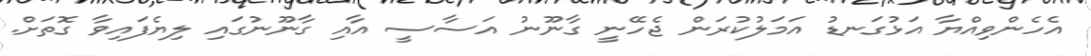
އެހެންވިއްޔާ އަޅުގަނޑު އަމަލުކުރަން ޖެހޭނީ ގާނޫނު އަސާސީ އާއި ގާނޫނުގައި ލިޔެފައިވާ ގޮތަށް.